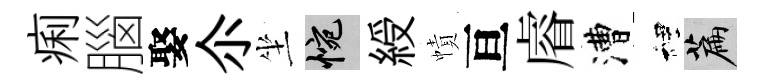
痢腦娶尒坐惋綬幘亘𥈠漕裡篇